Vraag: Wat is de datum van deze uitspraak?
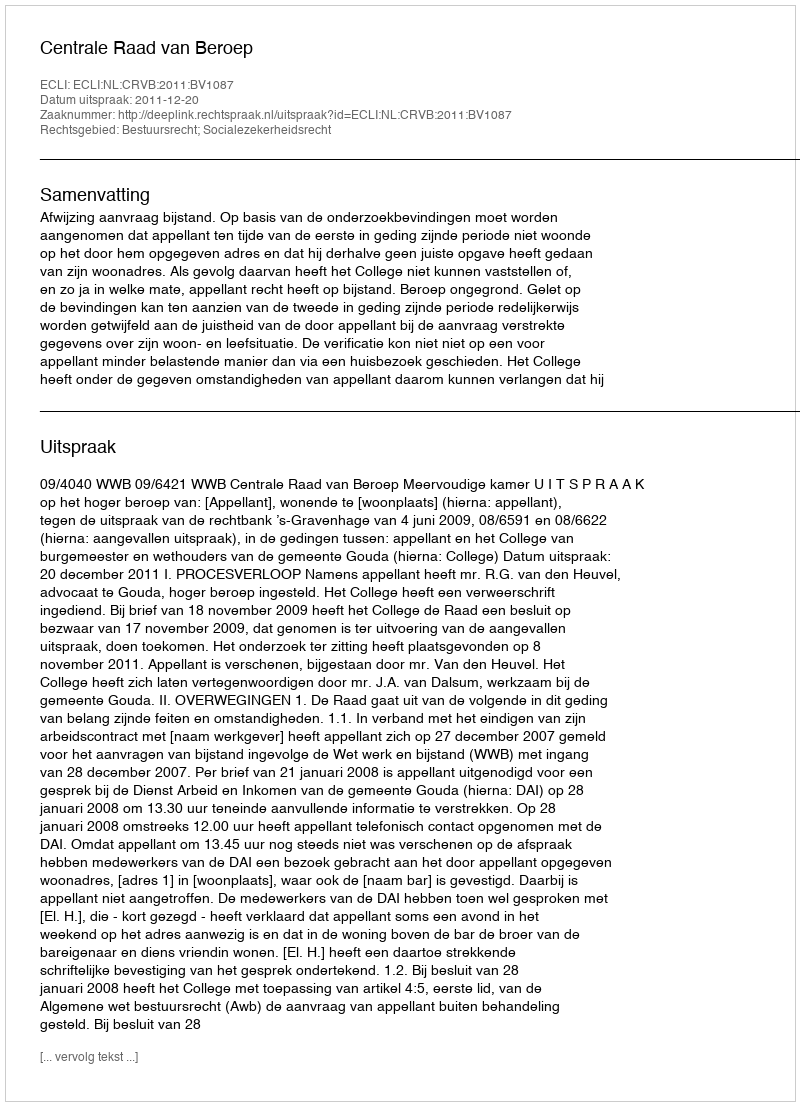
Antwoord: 2011-12-20